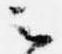
云